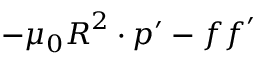
- \mu _ { 0 } \boldsymbol { R } ^ { 2 } \cdot \boldsymbol { p } ^ { \prime } - \boldsymbol { f f } ^ { \prime }